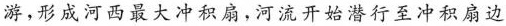
游，形成河西最大冲积扇，河流开始潜行至冲积扇边